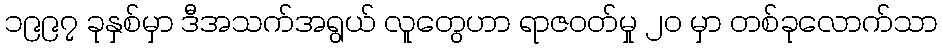
၁၉၉၇ ခုနှစ်မှာ ဒီအသက်အရွယ် လူတွေဟာ ရာဇဝတ်မှု ၂၀ မှာ တစ်ခုလောက်သာ